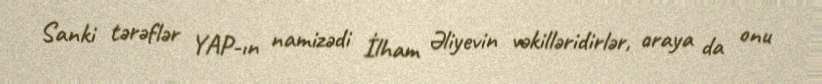
Sanki tərəflər YAP-ın namizədi İlham Əliyevin vəkilləridirlər, oraya da onu